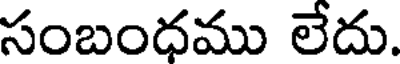
సంబంధము లేదు.